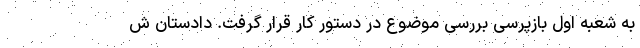
به شعبه اول بازپرسی بررسی موضوع در دستور کار قرار گرفت. دادستان ش